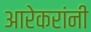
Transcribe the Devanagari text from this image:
आरेकरांनी